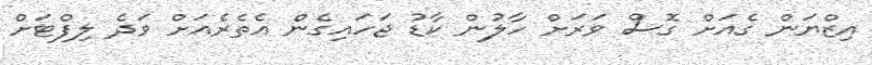
އިޒްޔަން ގެއަށް ގޮސް ވަރަށް ހާލުން ކާޑު ޖަހައިގެން އެތެރެއަށް ވަދެ ލިފްޓަށް